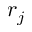
r _ { j }